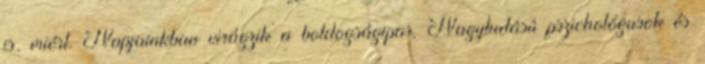
is, miért. Napjainkban virágzik a boldogságipar. Nagytudású pszichológusok és